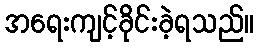
အရေးကျင့်ခိုင်းခဲ့ရသည်။